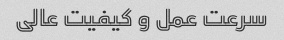
سرعت عمل و کیفیت عالی